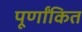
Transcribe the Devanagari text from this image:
पूर्णांकित